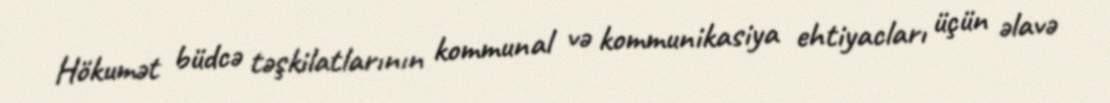
Hökumət büdcə təşkilatlarının kommunal və kommunikasiya ehtiyacları üçün əlavə